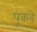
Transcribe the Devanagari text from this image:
पूकवे